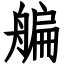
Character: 艑